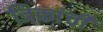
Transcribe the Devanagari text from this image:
त्रिकांची